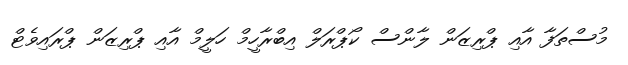
މުސްތަފާ އާއި ޕްރިޒަން ލާންސް ކޯޕްރަލް އިބްރާހީމް ހަލީމް އާއި ޕްރިޒަން ޕްރައިވެޓް